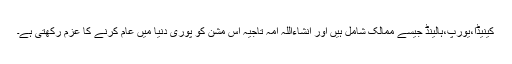
کینیڈا،یورپ،ہالینڈ جیسے ممالک شامل ہیں اور انشاءاللہ امہ تاجیہ اس مشن کو پوری دنیا میں عام کرنے کا عزم رکھتی ہے۔